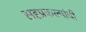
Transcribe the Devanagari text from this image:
सहप्रकल्पांची